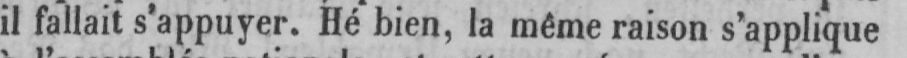
il fallait s’appuyer. Hé bien, la même raison s’applique